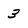
Character: 3